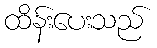
ထိန်းပေးသည်